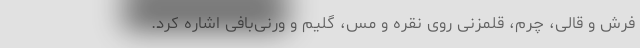
فرش و قالی، چرم، قلمزنی روی نقره و مس، گلیم و ورنی‌بافی اشاره کرد.